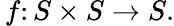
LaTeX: \, f\colon S\times S\rightarrow S.